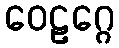
ဝေဠဂ္ဂေ